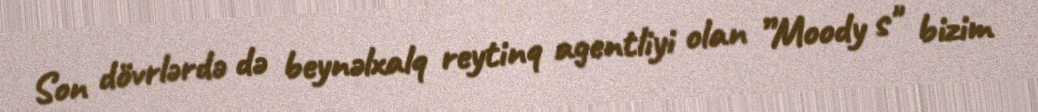
Son dövrlərdə də beynəlxalq reytinq agentliyi olan ”Moody s" bizim